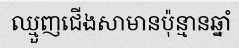
ឈ្មួញជើងសាមានប៉ុន្មានឆ្នាំ